255_413270_UFO's_and_Defense_What_Should_we_Prepare_For
Agency: NASA
Page 85
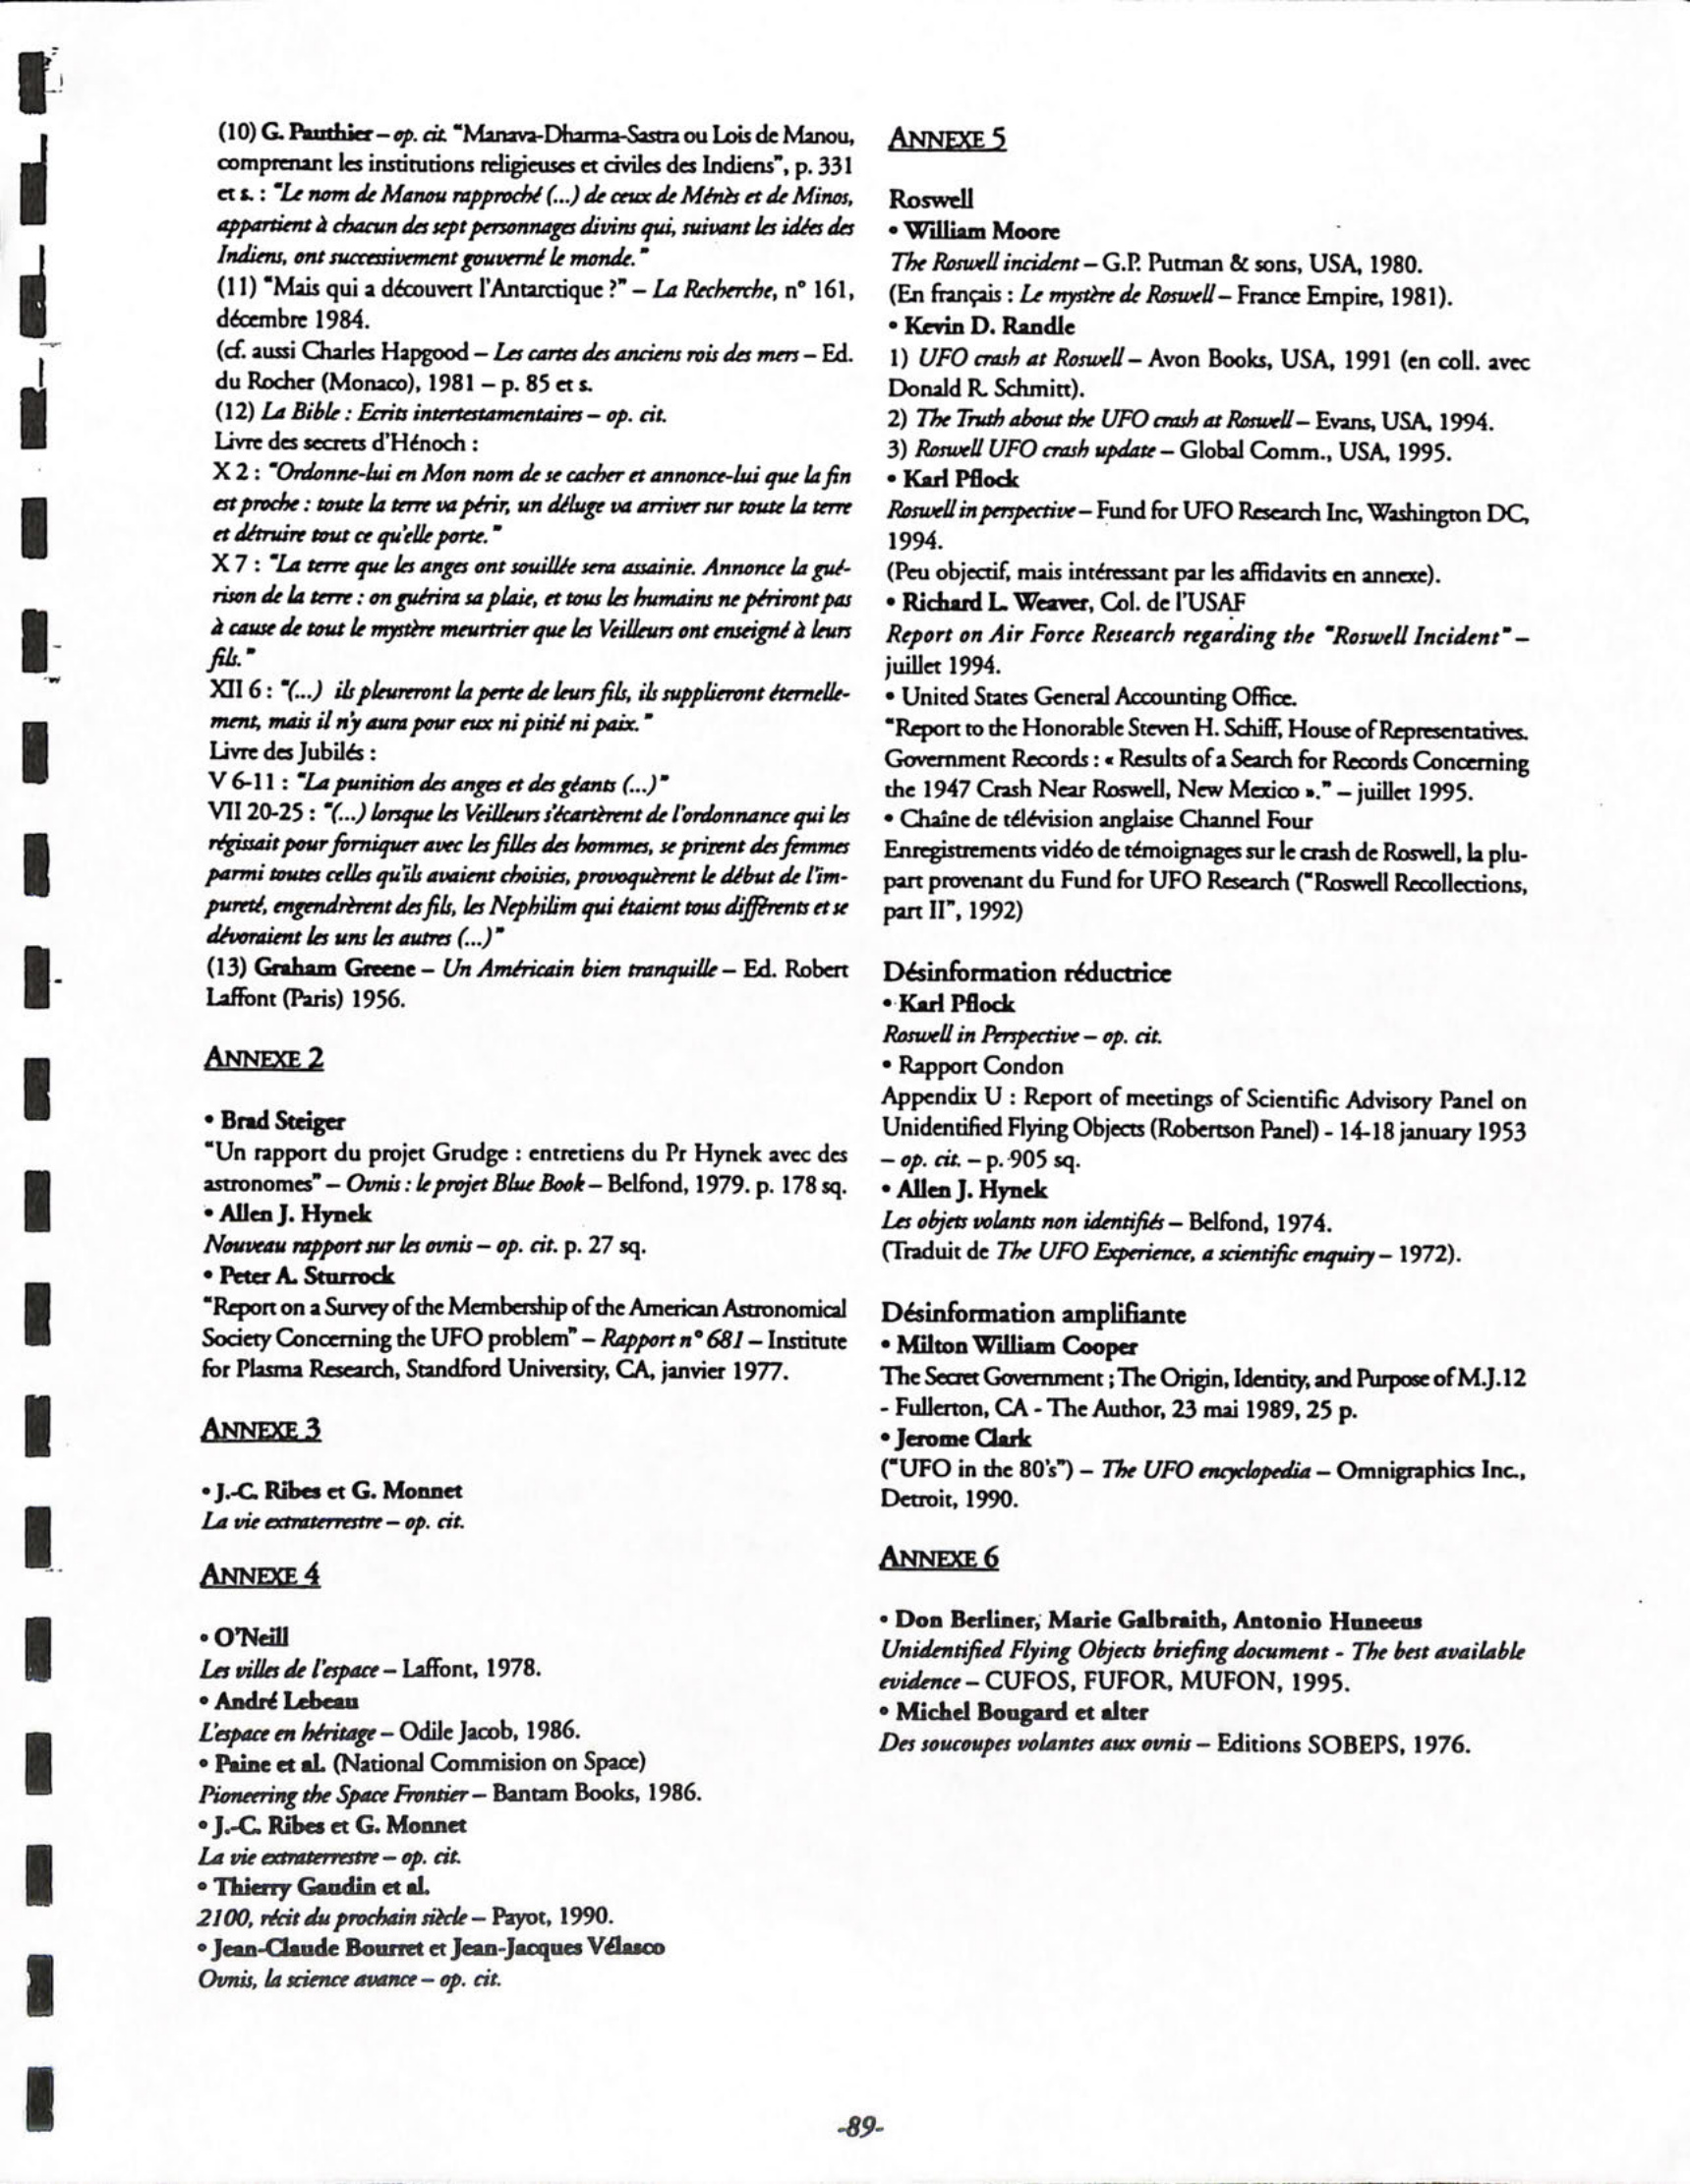